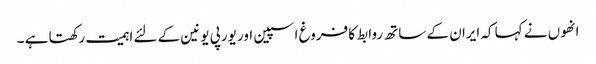
انھوں نے کہا کہ ایران کے ساتھ روابط کا فروغ اسپین اور یورپی یونین کے لئے اہمیت رکھتا ہے ۔